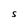
Character: S